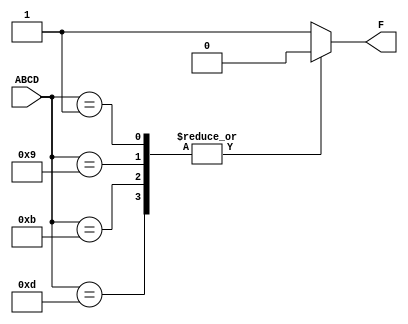
module read_and_write(
    output reg F,
    input wire [3:0] ABCD
);

    always @ (ABCD)
        begin
            case ( ABCD )
                4'b0001, 4'b1001, 4'b1011, 4'b1101 : F = 1'b0;
                default                            : F = 1'b1;
            endcase
        end

endmodule

module tb_read_and_write();

    wire f;
    reg [3:0] abcd;
    reg [3:0] abcd_in [15:0];

    read_and_write DUT(.F(f), .ABCD(abcd));

    integer i;
    integer FILE;

    initial
        begin
            $dumpfile("read_and_write.vcd");
            $dumpvars(0, tb_read_and_write);
            $readmemb("input.txt", abcd_in);
            FILE = $fopen("output.txt");
            for (i = 0; i < 16; i = i + 1)
                begin
                    abcd = abcd_in[i];
                    #10 $fdisplay(FILE, "%b | %b", abcd, f);
                end
            $finish;
            $fclose(FILE);
        end

endmodule